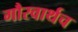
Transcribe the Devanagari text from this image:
गौरवार्थच